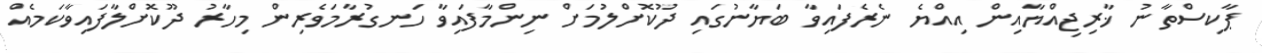
ޕާކިސްތާނު ޚާރިޖިއްޔާއިން އިއްޔެ ނެރެފައިވާ ބަޔާނުގައި ދޫކޮށްލުމަށް ނިންމާފައިވާ ހަނގުރާމަވެރިން މިހާރު ދޫކޮށްލާފައިވާކަމެއް